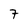
Character: 7